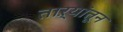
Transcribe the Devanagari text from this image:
ताऱ्यांतून